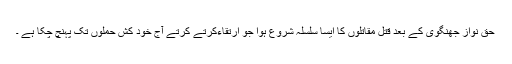
حق نواز جھنگوی کے بعد قتل مقاتلوں کا ایسا سلسلہ شروع ہوا جو ارتقاءکرتے کرتے آج خود کش حملوں تک پہنچ چکا ہے ۔